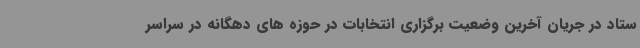
ستاد در جریان آخرین وضعیت برگزاری انتخابات در حوزه های دهگانه در سراسر